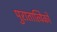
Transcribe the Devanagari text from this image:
पुरातात्विकों